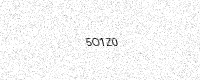
Text: 5O1Z0